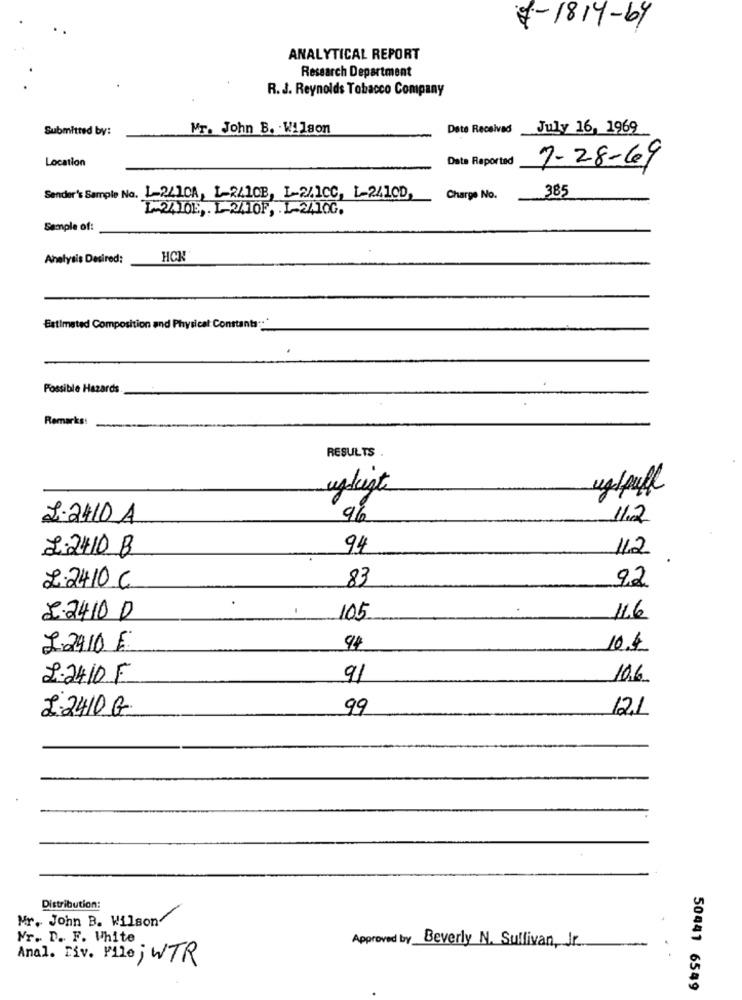
7-1814-64
ANALYTICAL REPORT
Research Department
R. J. Reynolds Tobacco Company
Submitted by:
Mr. John B. . Wilson
Date Received
July 16, 1969
Location
Date Reported
7-28-69
Sender's Sample No. L-2/10A, 1-241CB, L-2/1CC, 1-241CD,
Charge No.
385
L-2010E, . L-241OF, 1-2410G.
Sample of:
Analysis Desired:
HCK
Estimated Composition and Physical Constants :.*
Possible
ards
Remarks:
RESULTS
ugligt
ugtpull
2.2410 A
9%
11.2
2.2410 B
94
11.2
83
92
2.2410 C
2.2410 0
105
11.6
2.2910 E
10.4
2.2410 F
91
10.6
2.2410 G
99
12.1
Distribution:
Mr. John B. Wilson
Mr. D. F. White
Approved by_Beverly N. Sullivan, Jr.
Anal. Div. File ; WTR
50441 6549